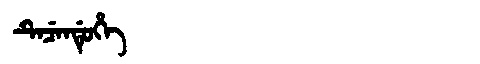
Manchu: ᡨᡝᠴᡝᠨᡩᡠᡥᡝ
Romanization: TECENDUHE